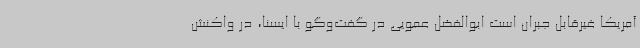
آمریکا غیرقابل جبران است ابوالفضل عمویی در گفت‌وگو با ایسنا، در واکنش